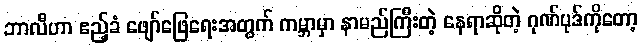
ဘာလီဟာ ဧည့်ခံ ဖျော်ဖြေရေးအတွက် ကမ္ဘာမှာ နာမည်ကြီးတဲ့ နေရာဆိုတဲ့ ဂုဏ်ပုဒ်ကိုတော့